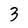
Character: 3